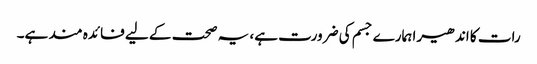
رات کا اندھیرا ہمارے جسم کی ضرورت ہے، یہ صحت کے لیے فائدہ مند ہے۔